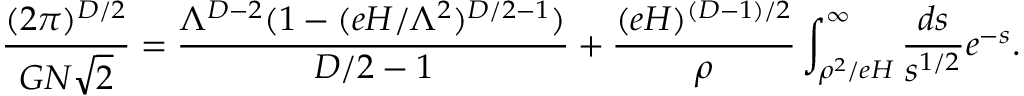
\frac { ( 2 \pi ) ^ { D / 2 } } { G N \sqrt { 2 } } = \frac { \Lambda ^ { D - 2 } ( 1 - ( e H / \Lambda ^ { 2 } ) ^ { D / 2 - 1 } ) } { D / 2 - 1 } + \frac { ( e H ) ^ { ( D - 1 ) / 2 } } { \rho } \int _ { \rho ^ { 2 } / e H } ^ { \infty } \frac { d s } { s ^ { 1 / 2 } } e ^ { - s } .